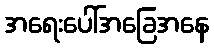
အရေးပေါ်အခြေအနေ